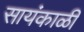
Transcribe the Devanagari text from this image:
सायंकाळीं